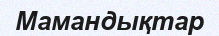
Mамандықтар